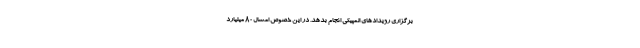
برگزاری رویدادهای المپیکی انجام بدهد. در این خصوص امسال 80 میلیارد